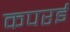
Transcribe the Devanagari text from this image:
कपरई